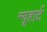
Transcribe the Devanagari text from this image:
न्यूहार्ट